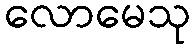
လောမေသု